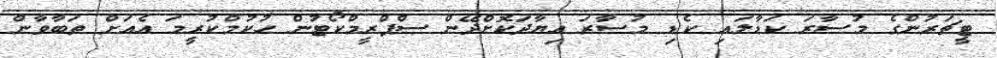
ޓީޗަރުންގެ މުސާރަ ކަޑާލައި ކެޑި މުސާރަ އިޔާދަކޮށްދޭން ސްޕްރީމްކޯޓުން ހުކުމްކުރީމަ އެއަށް ތަބާވާން